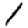
Digit: 1